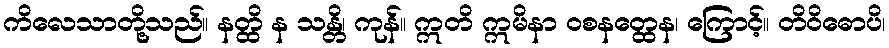
ကိလေသာတို့သည်။ နတ္ထိ န သန္တိ၊ ကုန်။ ဣတိ ဣမိနာ ဝစနတ္ထေန၊ ကြောင့်။ တိဝိဓောပိ၊